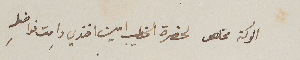
الوكة مخلص لحضرة الخطيب امين افندي دامت نوافله